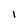
Character: l